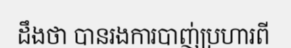
ដឹងថា បានរងការបាញ់ប្រហារពី